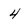
Character: 4